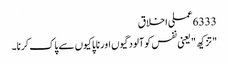
6333 عملی اخلاق
" تزکیھ " یعنی نفس کو آلودگیوں اور ناپاکیوں سے پاک کرنا۔